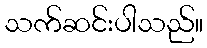
သက်ဆင်းပါသည်။